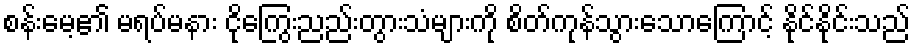
စန်းမေ့၏ မရပ်မနား ငိုကြွေးညည်းတွားသံများကို စိတ်ကုန်သွားသောကြောင့် နိုင်နိုင်းသည်